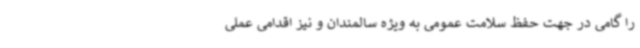
را گامی در جهت حفظ سلامت عمومی به ویژه سالمندان و نیز اقدامی عملی